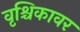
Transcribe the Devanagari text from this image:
वृश्चिकावर